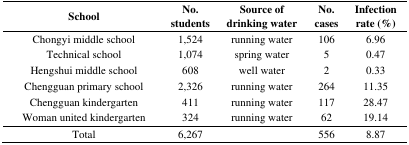
<table><thead><tr><td><b>School</b></td><td><b>No. students</b></td><td><b>Source of drinking water</b></td><td><b>No. cases</b></td><td><b>Infection rate (%)</b></td></tr></thead><tbody><tr><td>Chongyi middle school</td><td>1,524</td><td>running water</td><td>106</td><td>6.96</td></tr><tr><td>Technical school</td><td>1,074</td><td>spring water</td><td>5</td><td>0.47</td></tr><tr><td>Hengshui middle school</td><td>608</td><td>well water</td><td>2</td><td>0.33</td></tr><tr><td>Chengguan primary school</td><td>2,326</td><td>running water</td><td>264</td><td>11.35</td></tr><tr><td>Chengguan kindergarten</td><td>411</td><td>running water</td><td>117</td><td>28.47</td></tr><tr><td>Woman united kindergarten</td><td>324</td><td>running water</td><td>62</td><td>19.14</td></tr><tr><td>Total</td><td>6,267</td><td></td><td>556</td><td>8.87</td></tr></tbody></table>